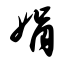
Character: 娟